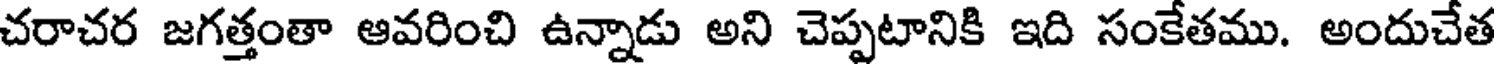
చరాచర జగత్తంతా ఆవరించి ఉన్నాడు అని చెప్పటానికి ఇది సంకేతము. అందుచేత